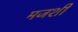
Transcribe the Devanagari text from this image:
मजशीं